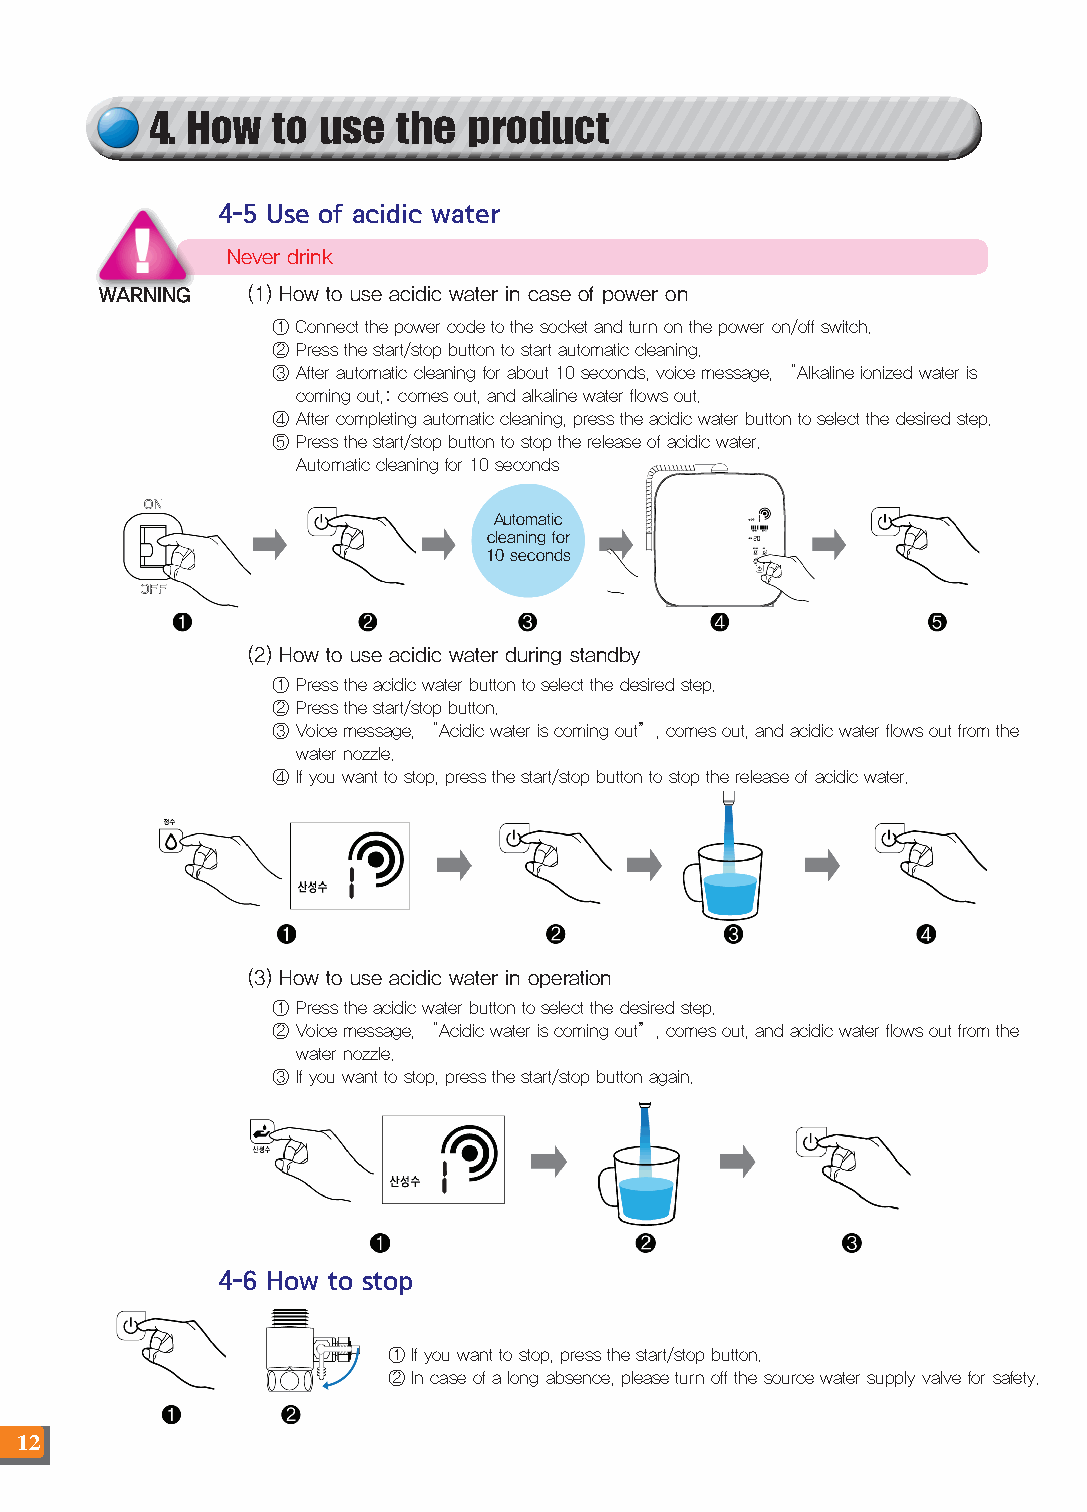
4. How  to use  the  product
 4-5 Use of acidic water
 Never drink
 WARNING  (1) How to use acidic water in case of power on
 ① Connect the power code to the socket and turn on the power on/off switch.
 ② Press the start/stop button to start automatic cleaning.
 ③ After automatic cleaning for about 10 seconds, voice message, “Alkaline ionized water is
 coming out,: comes out, and alkaline water flows out.
 ④ After completing automatic cleaning, press the acidic water button to select the desired step.
 ⑤ Press the start/stop button to stop the release of acidic water.
 Automatic cleaning for 10 seconds
 Automatic
 cleaning for
 10 seconds
 (2) How to use acidic water during standby
 ① Press the acidic water button to select the desired step.
 ② Press the start/stop button.
 ③ Voice message, “Acidic water is coming out”, comes out, and acidic water flows out from the
 water nozzle.
 ④ If you want to stop, press the start/stop button to stop the release of acidic water.
 (3) How to use acidic water in operation
 ① Press the acidic water button to select the desired step.
 ② Voice message, “Acidic water is coming out”, comes out, and acidic water flows out from the
 water nozzle.
 ③ If you want to stop, press the start/stop button again.
 4-6 How to stop
 ① If you want to stop, press the start/stop button.
 ② In case of a long absence, please turn off the source water supply valve for safety.
 12